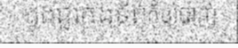
ក្នុងជួរកងទ័ពកុំឲ្យបាញ់